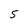
Character: S